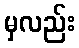
မှလည်း